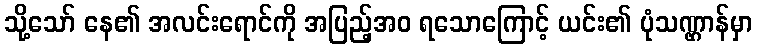
သို့သော် နေ၏ အလင်းရောင်ကို အပြည့်အဝ ရသောကြောင့် ယင်း၏ ပုံသဏ္ဌာန်မှာ